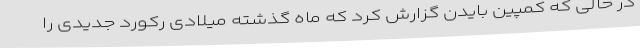
در حالی که کمپین بایدن گزارش کرد که ماه گذشته میلادی رکورد جدیدی را